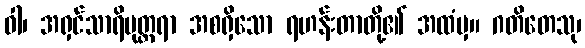
ဝါ၊ အရှင်သာရိပုတ္တရာ အစရှိသော ရဟန်းတာတို့၏ အထံမှ။ ဂတိတေသု၊